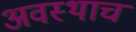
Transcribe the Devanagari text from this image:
अवस्थाच